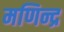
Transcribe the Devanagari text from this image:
मणिन्द्र